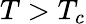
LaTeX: T>T_{c}